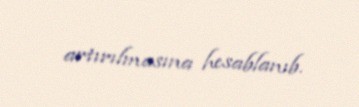
artırılmasına hesablanıb.